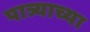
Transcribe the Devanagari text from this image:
पात्र्याच्या